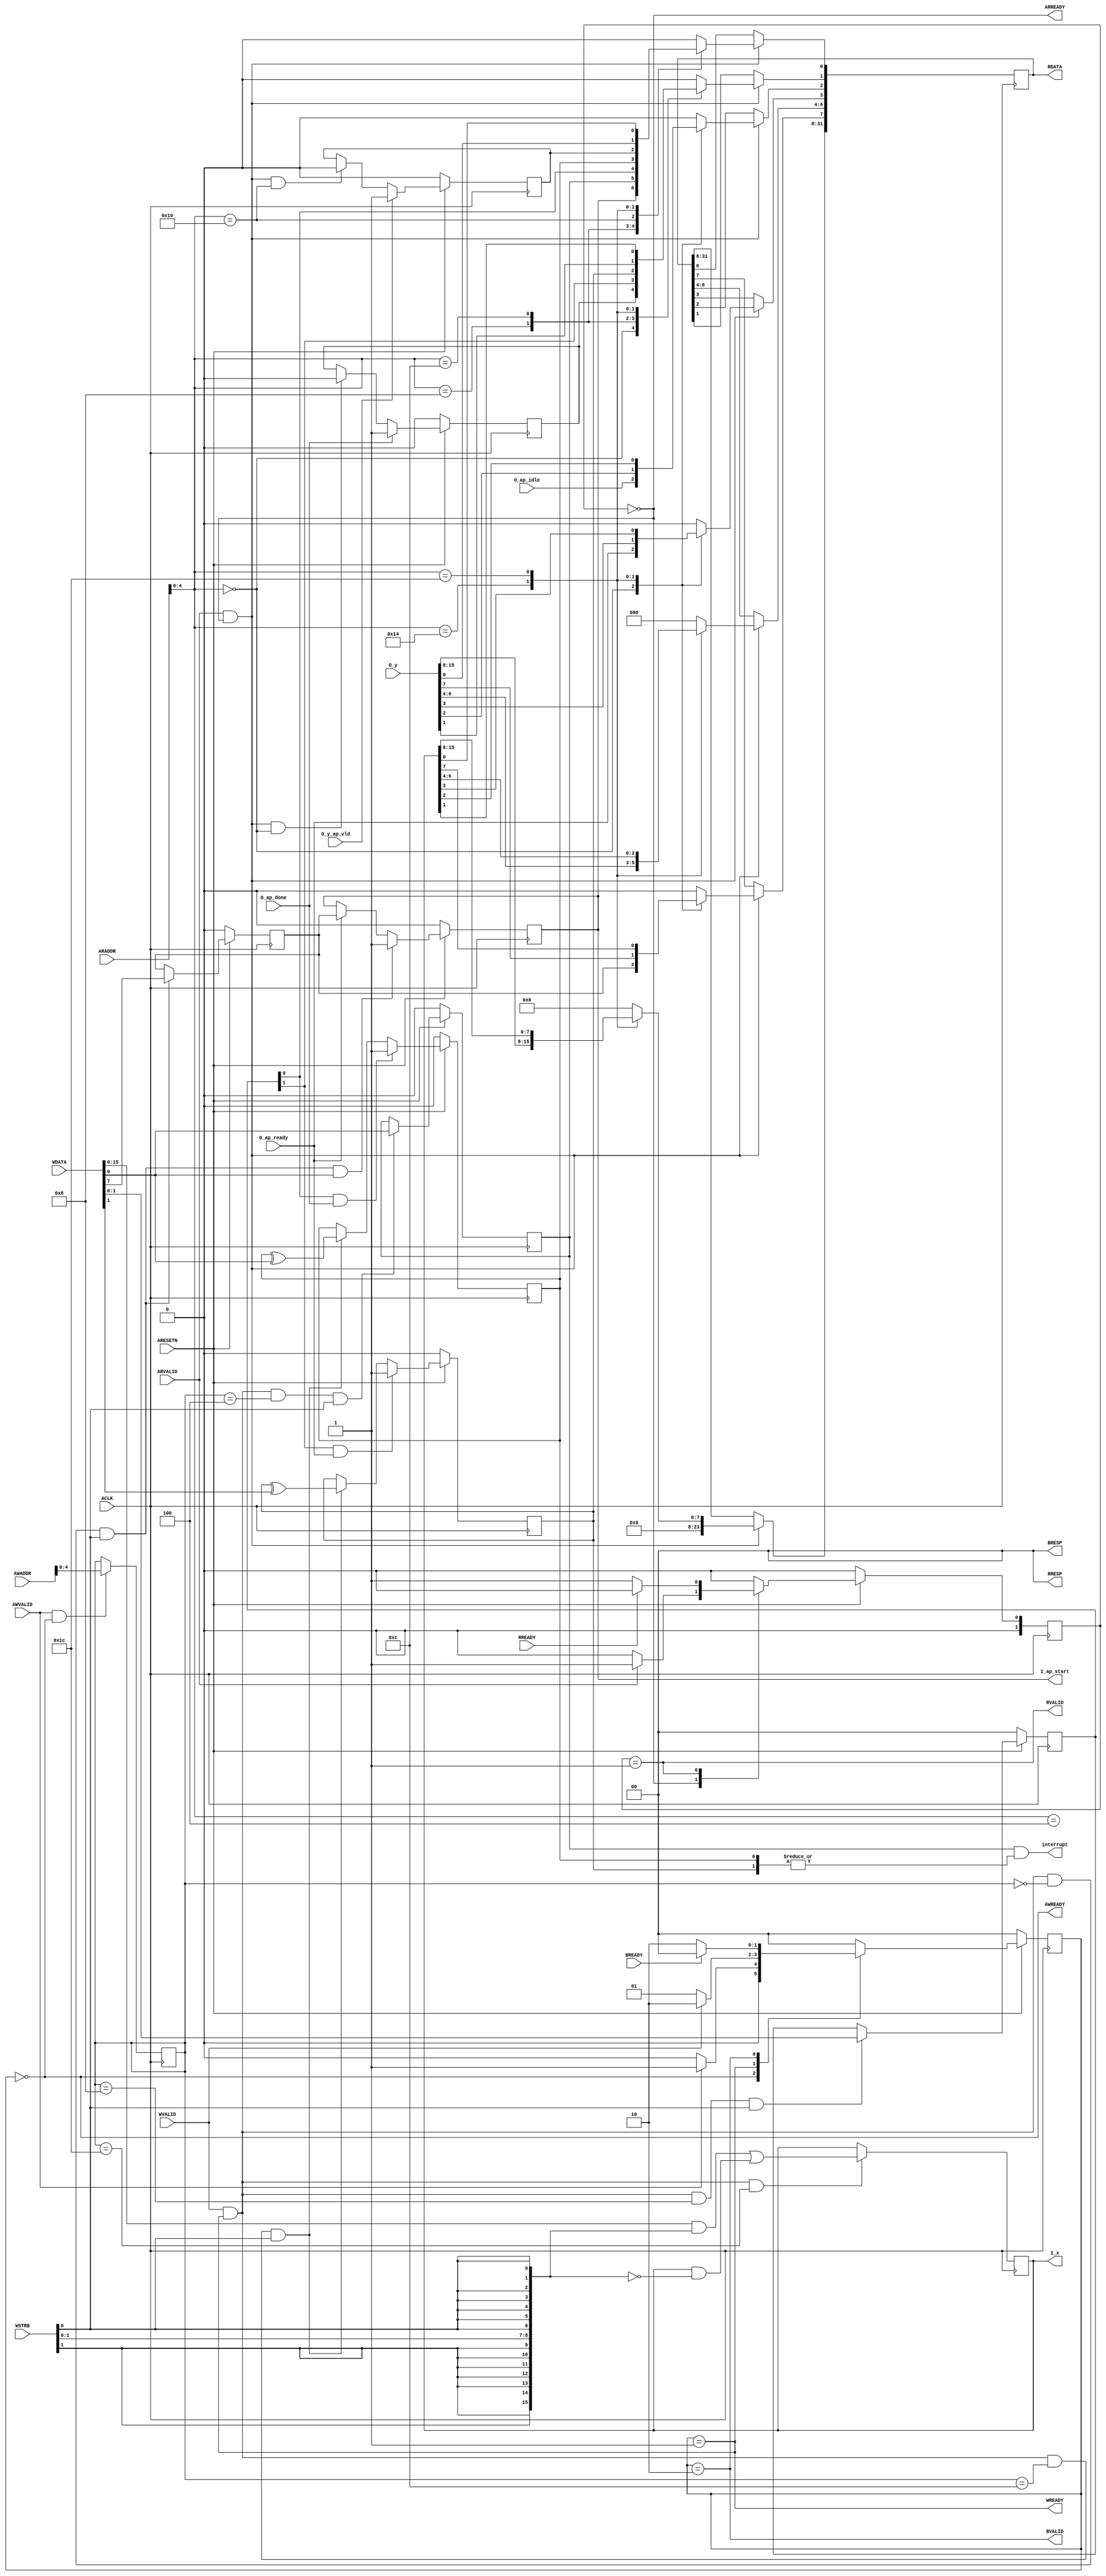
// ==============================================================
// File generated by Vivado(TM) HLS - High-Level Synthesis from C, C++ and SystemC
// Version: 2012.4
// Copyright (C) 2012 Xilinx Inc. All rights reserved.
// 
// ==============================================================

`timescale 1ns/1ps
module fir_io_if
#(parameter
    C_ADDR_WIDTH = 32,
    C_DATA_WIDTH = 32
)(
    // axi4 lite slave signals
    input  wire                      ACLK,
    input  wire                      ARESETN,
    input  wire [C_ADDR_WIDTH-1:0]   AWADDR,
    input  wire                      AWVALID,
    output wire                      AWREADY,
    input  wire [C_DATA_WIDTH-1:0]   WDATA,
    input  wire [C_DATA_WIDTH/8-1:0] WSTRB,
    input  wire                      WVALID,
    output wire                      WREADY,
    output wire [1:0]                BRESP,
    output wire                      BVALID,
    input  wire                      BREADY,
    input  wire [C_ADDR_WIDTH-1:0]   ARADDR,
    input  wire                      ARVALID,
    output wire                      ARREADY,
    output wire [C_DATA_WIDTH-1:0]   RDATA,
    output wire [1:0]                RRESP,
    output wire                      RVALID,
    input  wire                      RREADY,
    output wire                      interrupt,
    // user signals
    input  wire [15:0]               O_y,
    input  wire                      O_y_ap_vld,
    output wire [15:0]               I_x,
    output wire                      I_ap_start,
    input  wire                      O_ap_ready,
    input  wire                      O_ap_done,
    input  wire                      O_ap_idle
);
//------------------------Address Info-------------------
// 0x00 : Control signals
//        bit 0  - ap_start (Read/Write/COH)
//        bit 1  - ap_done (Read/COR)
//        bit 2  - ap_idle (Read)
//        bit 3  - ap_ready (Read)
//        bit 7  - auto_restart (Read/Write)
//        others - reserved
// 0x04 : Global Interrupt Enable Register
//        bit 0  - Global Interrupt Enable (Read/Write)
//        others - reserved
// 0x08 : IP Interrupt Enable Register (Read/Write)
//        bit 0  - Channel 0 (ap_done)
//        bit 1  - Channel 1 (ap_ready)
//        others - reserved
// 0x0c : IP Interrupt Status Register (Read/TOW)
//        bit 0  - Channel 0 (ap_done)
//        bit 1  - Channel 1 (ap_ready)
//        others - reserved
// 0x10 : Control signal of y
//        bit 0  - y_ap_vld (Read/COR)
//        others - reserved
// 0x14 : Data signal of y
//        bit 15~0 - y[15:0] (Read)
//        others   - reserved
// 0x18 : reserved
// 0x1c : Data signal of x
//        bit 15~0 - x[15:0] (Read/Write)
//        others   - reserved
// (SC = Self Clear, COR = Clear on Read, TOW = Toggle on Write, COH = Clear on Handshake)

//------------------------Parameter----------------------
// address bits
localparam
    ADDR_BITS = 5;

// address
localparam
    ADDR_AP_CTRL  = 5'h00,
    ADDR_GIE      = 5'h04,
    ADDR_IER      = 5'h08,
    ADDR_ISR      = 5'h0c,
    ADDR_Y_CTRL   = 5'h10,
    ADDR_Y_DATA_0 = 5'h14,
    ADDR_X_CTRL   = 5'h18,
    ADDR_X_DATA_0 = 5'h1c;

// axi write fsm
localparam
    WRIDLE = 2'd0,
    WRDATA = 2'd1,
    WRRESP = 2'd2;

// axi read fsm
localparam
    RDIDLE = 2'd0,
    RDDATA = 2'd1;

//------------------------Local signal-------------------
// axi write
reg  [1:0]           wstate;
reg  [1:0]           wnext;
reg  [ADDR_BITS-1:0] waddr;
wire [31:0]          wmask;
wire                 aw_hs;
wire                 w_hs;
// axi read
reg  [1:0]           rstate;
reg  [1:0]           rnext;
reg  [31:0]          rdata;
wire                 ar_hs;
wire [ADDR_BITS-1:0] raddr;
// internal registers
wire                 ap_idle;
reg                  ap_done;
wire                 ap_ready;
reg                  ap_start;
reg                  auto_restart;
reg                  gie;
reg  [1:0]           ier;
reg  [1:0]           isr;
wire [15:0]          _y;
reg                  _y_ap_vld;
reg  [15:0]          _x;

//------------------------Body---------------------------
//++++++++++++++++++++++++axi write++++++++++++++++++++++
assign AWREADY = (wstate == WRIDLE);
assign WREADY  = (wstate == WRDATA);
assign BRESP   = 2'b00;  // OKAY
assign BVALID  = (wstate == WRRESP);
assign wmask   = { {8{WSTRB[3]}}, {8{WSTRB[2]}}, {8{WSTRB[1]}}, {8{WSTRB[0]}} };
assign aw_hs   = AWVALID & AWREADY;
assign w_hs    = WVALID & WREADY;

// wstate
always @(posedge ACLK) begin
    if (~ARESETN)
        wstate <= WRIDLE;
    else
        wstate <= wnext;
end

// wnext
always @(*) begin
    case (wstate)
        WRIDLE:
            if (AWVALID)
                wnext = WRDATA;
            else
                wnext = WRIDLE;
        WRDATA:
            if (WVALID)
                wnext = WRRESP;
            else
                wnext = WRDATA;
        WRRESP:
            if (BREADY)
                wnext = WRIDLE;
            else
                wnext = WRRESP;
        default:
            wnext = WRIDLE;
    endcase
end

// waddr
always @(posedge ACLK) begin
    if (aw_hs)
        waddr <= AWADDR[ADDR_BITS-1:0];
end
//+++++++++++++++++++++++++++++++++++++++++++++++++++++++

//++++++++++++++++++++++++axi read+++++++++++++++++++++++
assign ARREADY = (rstate == RDIDLE);
assign RDATA   = rdata;
assign RRESP   = 2'b00;  // OKAY
assign RVALID  = (rstate == RDDATA);
assign ar_hs   = ARVALID & ARREADY;
assign raddr   = ARADDR[ADDR_BITS-1:0];

// rstate
always @(posedge ACLK) begin
    if (~ARESETN)
        rstate <= RDIDLE;
    else
        rstate <= rnext;
end

// rnext
always @(*) begin
    case (rstate)
        RDIDLE:
            if (ARVALID)
                rnext = RDDATA;
            else
                rnext = RDIDLE;
        RDDATA:
            if (RREADY)
                rnext = RDIDLE;
            else
                rnext = RDDATA;
        default:
            rnext = RDIDLE;
    endcase
end

// rdata
always @(posedge ACLK) begin
    if (ar_hs) begin
        rdata <= 1'b0;
        case (raddr)
            ADDR_AP_CTRL: begin
                rdata[0] <= ap_start;
                rdata[1] <= ap_done;
                rdata[2] <= ap_idle;
                rdata[3] <= ap_ready;
                rdata[7] <= auto_restart;
            end
            ADDR_GIE: begin
                rdata <= gie;
            end
            ADDR_IER: begin
                rdata <= ier;
            end
            ADDR_ISR: begin
                rdata <= isr;
            end
            ADDR_Y_CTRL: begin
                rdata[0] <= _y_ap_vld;
            end
            ADDR_Y_DATA_0: begin
                rdata <= _y[15:0];
            end
            ADDR_X_DATA_0: begin
                rdata <= _x[15:0];
            end
        endcase
    end
end
//+++++++++++++++++++++++++++++++++++++++++++++++++++++++

//++++++++++++++++++++++++internal registers+++++++++++++
assign interrupt  = gie & (|isr);
assign I_ap_start = ap_start;
assign ap_idle    = O_ap_idle;
assign ap_ready   = O_ap_ready;
assign _y         = O_y;
assign I_x        = _x;

// ap_start
always @(posedge ACLK) begin
    if (~ARESETN)
        ap_start <= 1'b0;
    else if (w_hs && waddr == ADDR_AP_CTRL && WSTRB[0] && WDATA[0])
        ap_start <= 1'b1;
    else if (O_ap_ready)
        ap_start <= auto_restart; // clear on handshake/auto restart
end

// ap_done
always @(posedge ACLK) begin
    if (~ARESETN)
        ap_done <= 1'b0;
    else if (O_ap_done)
        ap_done <= 1'b1;
    else if (ar_hs && raddr == ADDR_AP_CTRL)
        ap_done <= 1'b0; // clear on read
end

// auto_restart
always @(posedge ACLK) begin
    if (~ARESETN)
        auto_restart <= 1'b0;
    else if (w_hs && waddr == ADDR_AP_CTRL && WSTRB[0])
        auto_restart <=  WDATA[7];
end

// gie
always @(posedge ACLK) begin
    if (~ARESETN)
        gie <= 1'b0;
    else if (w_hs && waddr == ADDR_GIE && WSTRB[0])
        gie <= WDATA[0];
end

// ier
always @(posedge ACLK) begin
    if (~ARESETN)
        ier <= 1'b0;
    else if (w_hs && waddr == ADDR_IER && WSTRB[0])
        ier <= WDATA[1:0];
end

// isr[0]
always @(posedge ACLK) begin
    if (~ARESETN)
        isr[0] <= 1'b0;
    else if (ier[0] & O_ap_done)
        isr[0] <= 1'b1;
    else if (w_hs && waddr == ADDR_ISR && WSTRB[0])
        isr[0] <= isr[0] ^ WDATA[0]; // toggle on write
end

// isr[1]
always @(posedge ACLK) begin
    if (~ARESETN)
        isr[1] <= 1'b0;
    else if (ier[1] & O_ap_ready)
        isr[1] <= 1'b1;
    else if (w_hs && waddr == ADDR_ISR && WSTRB[0])
        isr[1] <= isr[1] ^ WDATA[1]; // toggle on write
end

// _y_ap_vld
always @(posedge ACLK) begin
    if (~ARESETN)
        _y_ap_vld <= 1'b0;
    else if (O_y_ap_vld)
        _y_ap_vld <= 1'b1;
    else if (ar_hs && raddr == ADDR_Y_CTRL)
        _y_ap_vld <= 1'b0; // clear on read
end

// _x[15:0]
always @(posedge ACLK) begin
    if (w_hs && waddr == ADDR_X_DATA_0)
        _x[15:0] <= (WDATA[31:0] & wmask) | (_x[15:0] & ~wmask);
end

//+++++++++++++++++++++++++++++++++++++++++++++++++++++++

endmodule